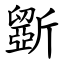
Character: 斵